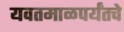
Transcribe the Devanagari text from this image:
यवतमाळपर्यंतचे